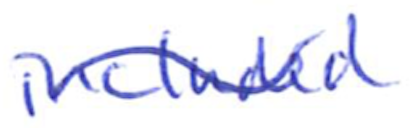
Text: included
Cross-out: wave
Writing tool: ballpoint